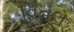
વિતલ